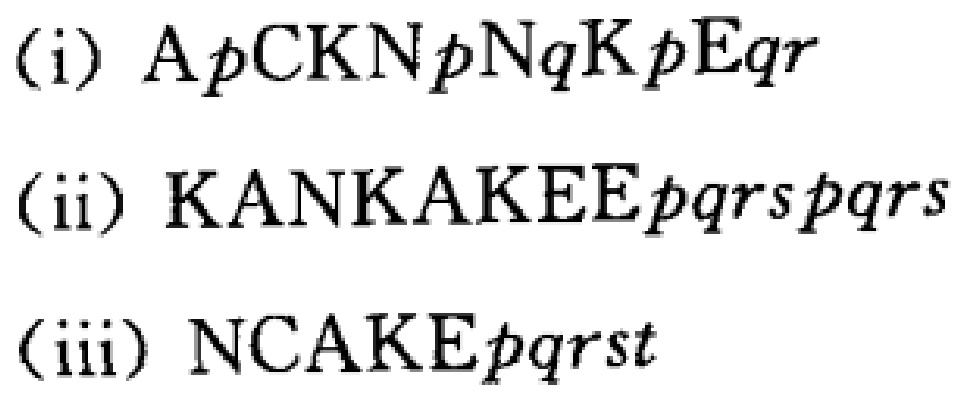
(i) \(A p C K N p N q K p E q r\)
(ii) \(K A N K A K E E p q r s p q r s\)
(iii) \(N C A K E p q r s t\)